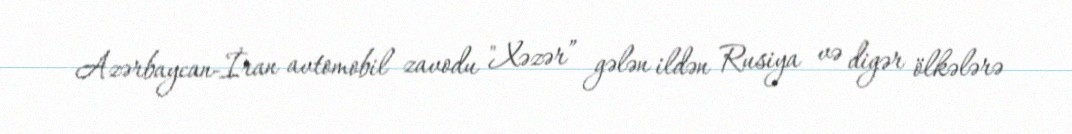
Azərbaycan-İran avtomobil zavodu "Xəzər” gələn ildən Rusiya və digər ölkələrə